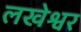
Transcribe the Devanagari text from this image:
लखेश्वर